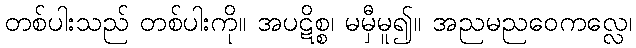
တစ်ပါးသည် တစ်ပါးကို။ အပဋိစ္စ၊ မမှီမူ၍။ အညမညဝေကလ္လေ၊